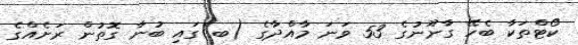
ކޯޓްތަކާ ބެހޭ ގާނޫނުގެ 53 ވަނަ މާއްދާގެ (ބ)ގައި ބުނާ ގޮތުން ރަށެއްގެ